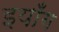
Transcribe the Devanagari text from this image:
इयाँग